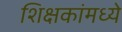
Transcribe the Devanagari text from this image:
शिक्षकांमध्ये